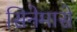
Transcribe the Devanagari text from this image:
सिनेमासे